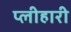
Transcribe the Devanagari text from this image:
प्लीहारी